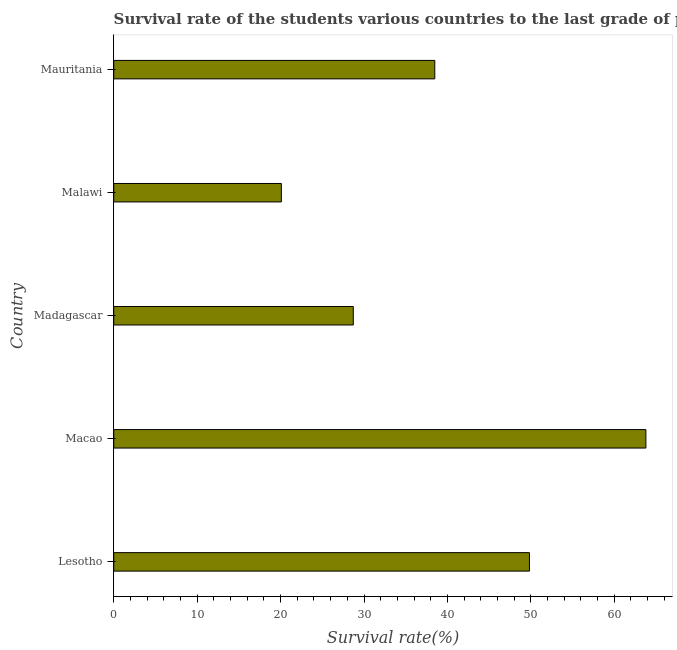
| Country | Primary Education |
 | --- | --- |
 | Lesotho | 49.8 |
 | Macao | 63.8 |
 | Madagascar | 28.7 |
 | Malawi | 20.1 |
 | Mauritania | 38.5 |